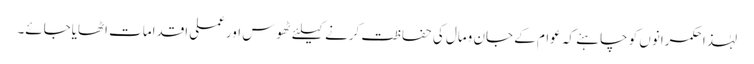
لہٰذا حکمرانوں کو چاہئے کہ عوام کے جان ومال کی حفاظت کرنے کیلئے ٹھوس اورعملی اقدامات اٹھایاجائے۔